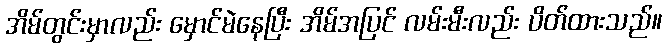
အိမ်တွင်းမှာလည်း မှောင်မဲနေပြီး အိမ်အပြင် လမ်းမီးလည်း ပိတ်ထားသည်။